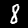
Label: 8